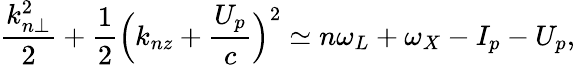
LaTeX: \frac{k_{n\perp}^{2}}{2}+\frac{1}{2}\Big(k_{nz}+\frac{U_{p}}{c}\Big)^{2}\simeq n\omega_{L}+\omega_{X}-I_{p}-U_{p},